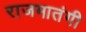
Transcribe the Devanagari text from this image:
राजमातंगी